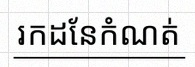
រកដែនកំណត់